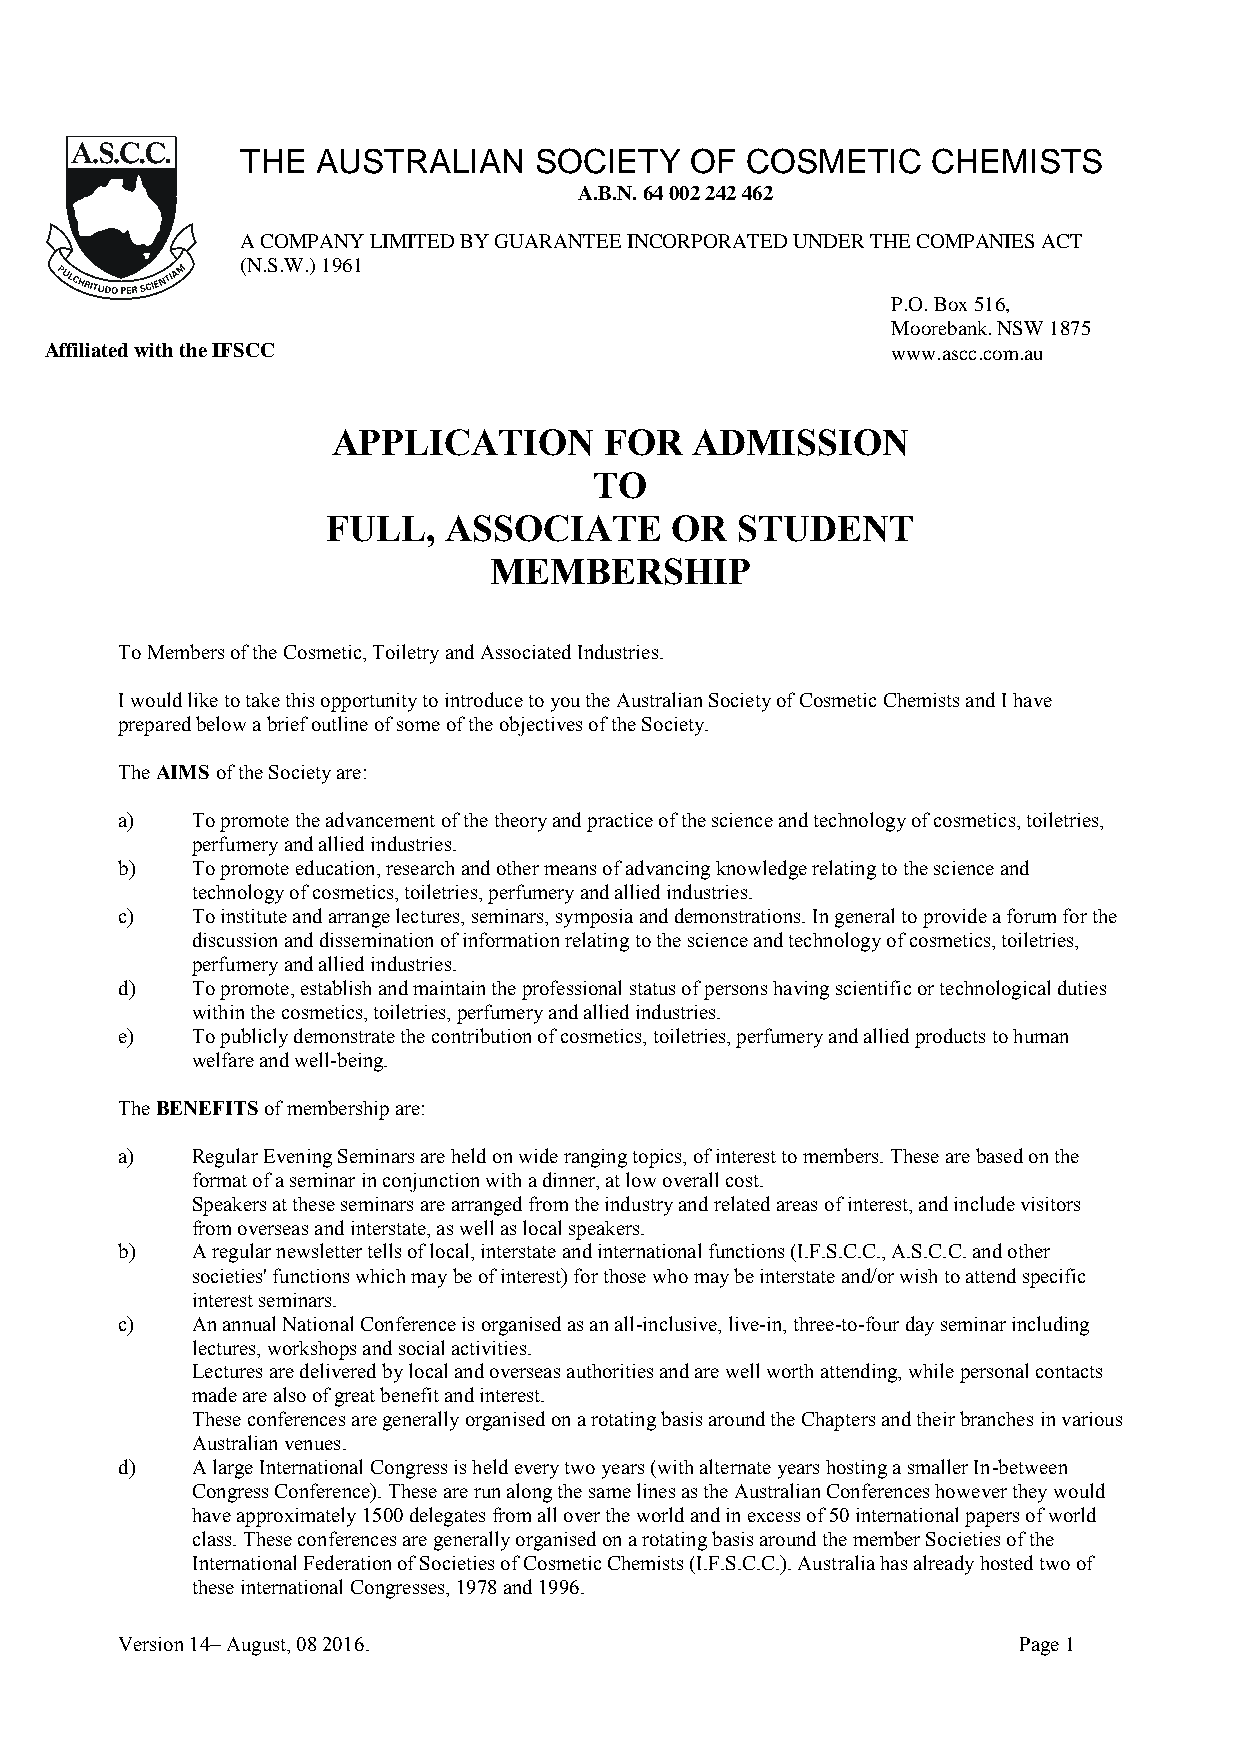
THE  AUSTRALIAN    SOCIETY    OF COSMETIC     CHEMISTS
 A.B.N. 64 002 242 462
 A COMPANY LIMITED BY GUARANTEE INCORPORATED UNDER THE COMPANIES ACT
 (N.S.W.) 1961
 P.O. Box 516,
 Moorebank. NSW 1875
 Affiliated with the IFSCC                               www.ascc.com.au
 APPLICATION       FOR   ADMISSION
 TO
 FULL,  ASSOCIATE      OR   STUDENT
 MEMBERSHIP
 To Members of the Cosmetic, Toiletry and Associated Industries.
 I would like to take this opportunity to introduce to you the Australian Society of Cosmetic Chemists and I have
 prepared below a brief outline of some of the objectives of the Society.
 The AIMS of the Society are:
 a)   To promote the advancement of the theory and practice of the science and technology of cosmetics, toiletries,
 perfumery and allied industries.
 b)   To promote education, research and other means of advancing knowledge relating to the science and
 technology of cosmetics, toiletries, perfumery and allied industries.
 c)   To institute and arrange lectures, seminars, symposia and demonstrations. In general to provide a forum for the
 discussion and dissemination of information relating to the science and technology of cosmetics, toiletries,
 perfumery and allied industries.
 d)   To promote, establish and maintain the professional status of persons having scientific or technological duties
 within the cosmetics, toiletries, perfumery and allied industries.
 e)   To publicly demonstrate the contribution of cosmetics, toiletries, perfumery and allied products to human
 welfare and well-being.
 The BENEFITS of membership are:
 a)   Regular Evening Seminars are held on wide ranging topics, of interest to members. These are based on the
 format of a seminar in conjunction with a dinner, at low overall cost.
 Speakers at these seminars are arranged from the industry and related areas of interest, and include visitors
 from overseas and interstate, as well as local speakers.
 b)   A regular newsletter tells of local, interstate and international functions (I.F.S.C.C., A.S.C.C. and other
 societies' functions which may be of interest) for those who may be interstate and/or wish to attend specific
 interest seminars.
 c)   An annual National Conference is organised as an all-inclusive, live-in, three-to-four day seminar including
 lectures, workshops and social activities.
 Lectures are delivered by local and overseas authorities and are well worth attending, while personal contacts
 made are also of great benefit and interest.
 These conferences are generally organised on a rotating basis around the Chapters and their branches in various
 Australian venues.
 d)   A large International Congress is held every two years (with alternate years hosting a smaller In-between
 Congress Conference). These are run along the same lines as the Australian Conferences however they would
 have approximately 1500 delegates from all over the world and in excess of 50 international papers of world
 class. These conferences are generally organised on a rotating basis around the member Societies of the
 International Federation of Societies of Cosmetic Chemists (I.F.S.C.C.). Australia has already hosted two of
 these international Congresses, 1978 and 1996.
 Version 14– August, 08 2016.                               Page 1